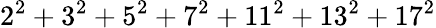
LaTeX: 2^{2}+3^{2}+5^{2}+7^{2}+11^{2}+13^{2}+17^{2}